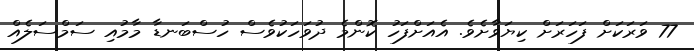
77 ވަރަކަށް ފަހަރަށް ކިޔަވާށެވެ. އެއަށްފަހު ކޮންމެ ދުވަހަކުވެސް ހުސްބަނޑާ މާމުއި ސަމްސަލެއް